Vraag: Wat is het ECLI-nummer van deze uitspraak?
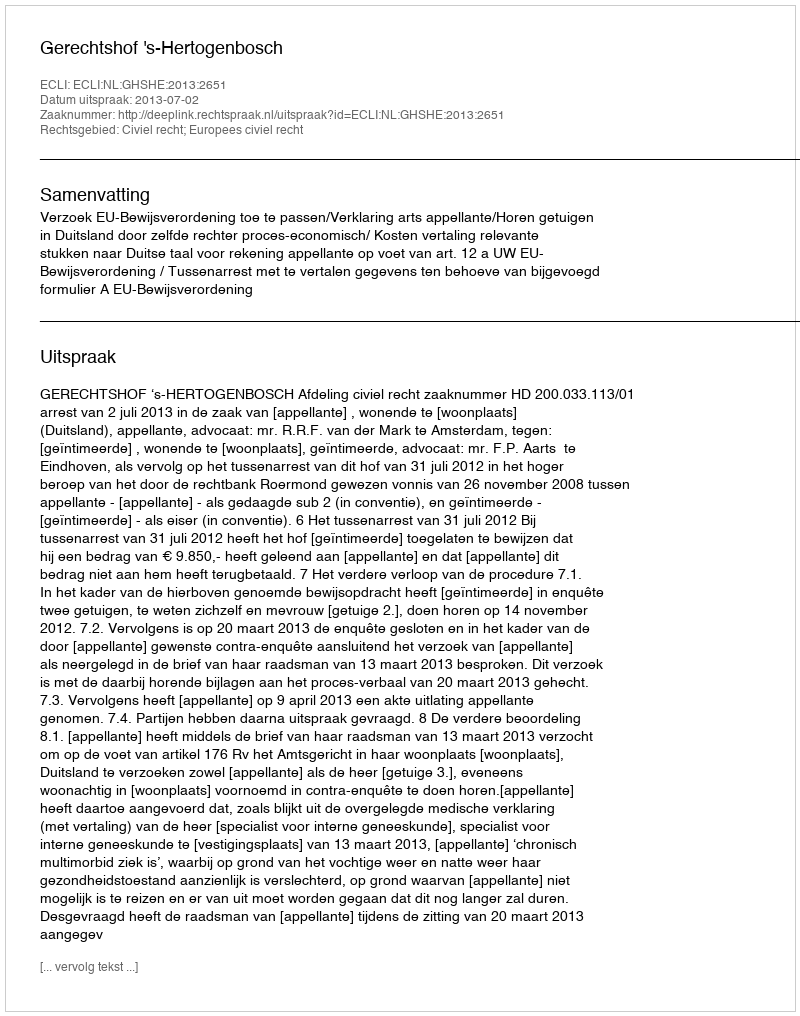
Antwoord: ECLI:NL:GHSHE:2013:2651